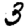
Digit: 3